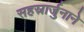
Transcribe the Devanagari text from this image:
सहस्रार्जुनाने